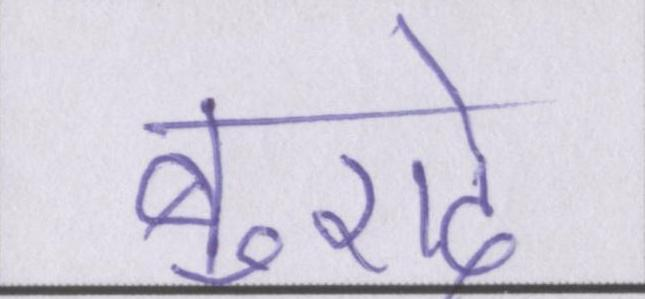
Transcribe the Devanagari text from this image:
बुरादे